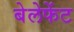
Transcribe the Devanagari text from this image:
बेलेफेंट